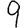
Digit: 9